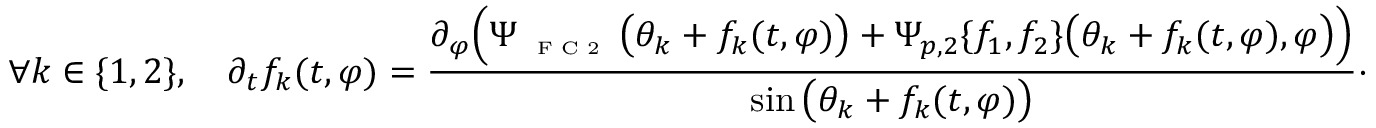
\forall k \in \{ 1 , 2 \} , \quad \partial _ { t } f _ { k } ( t , \varphi ) = \frac { \partial _ { \varphi } \Big ( \Psi _ { \textnormal { \tiny { F C 2 } } } \big ( \theta _ { k } + f _ { k } ( t , \varphi ) \big ) + \Psi _ { p , 2 } \{ f _ { 1 } , f _ { 2 } \} \big ( \theta _ { k } + f _ { k } ( t , \varphi ) , \varphi \big ) \Big ) } { \sin \big ( \theta _ { k } + f _ { k } ( t , \varphi ) \big ) } \cdot